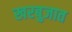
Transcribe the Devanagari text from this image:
खरबुजात